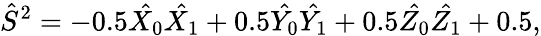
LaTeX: \hat{S}^{2}=-0.5\hat{X_{0}}\hat{X_{1}}+0.5\hat{Y_{0}}\hat{Y_{1}}+0.5\hat{Z_{0}}\hat{Z_{1}}+0.5,